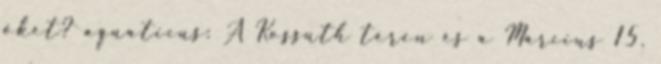
őket? aquaticus: A Kossuth téren és a Március 15.